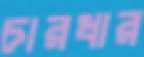
চারধার